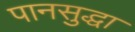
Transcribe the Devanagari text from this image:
पानसुद्धा